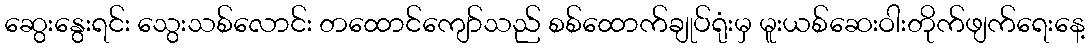
ဆွေးနွေးရင်း သွေးသစ်လောင်း တထောင်ကျော်သည် စစ်ထောက်ချုပ်ရုံးမှ မူးယစ်ဆေးဝါးတိုက်ဖျက်ရေးနေ့